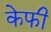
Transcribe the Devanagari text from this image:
केफी